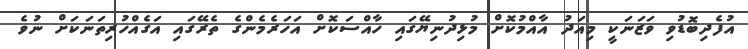
އުފެދިބޮޑުވި ވަޒަނަކީ މިއަދު އާއްމުކޮށް މުޅިދުނިޔޭގައި ހާއްސަކޮށް އަހަރެމެންގެ ތެރޭގައި އަގެއްހުރިތަނަކަށް ނުވެ